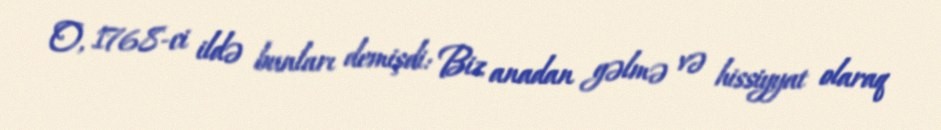
O, 1768-ci ildə bunları demişdi: Biz anadan gəlmə və hissiyyat olaraq